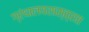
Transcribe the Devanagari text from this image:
ग्रंथालयशास्त्रात